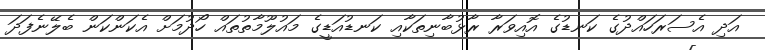
އަދި އެސަރަހައްދުގެ ކަނޑުގެ އޮއިވަރާ ރާޅުބާނިތަކާއި ކަނޑުއަޑީގެ މައުލޫމާތުތައް ހޯދުމަށް އެކަންކަން ބެލޭނެފަދަ